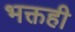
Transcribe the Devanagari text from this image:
भक्तही